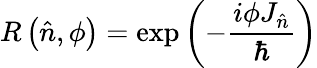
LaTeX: R\left({\hat{n}},\phi\right)=\exp\left(-{\frac{i\phi J_{\hat{n}}}{\hbar}}\right)